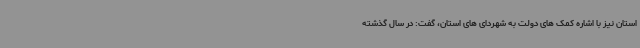
استان نیز با اشاره کمک های دولت به شهردای های استان، گفت: در سال گذشته